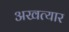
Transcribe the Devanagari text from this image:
अखत्यार